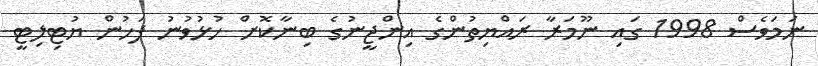
ނަމަވެސް 1998 ގައި ނޫމަރާ ރައްޔިތުންގެ އިންޖީނުގެ ބިނާކޮށް ހުޅުވުނު ފަހުން ޔުޓިލިޓީ